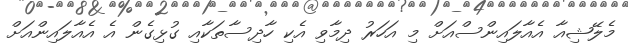
މެލޭޝިއާ އެއާލައިންސްއަށް މި އަހަރު ދިމާވި އެކި ހާދިސާތަކާއި ގުޅިގެން އެ އެއާލައިންއަށް